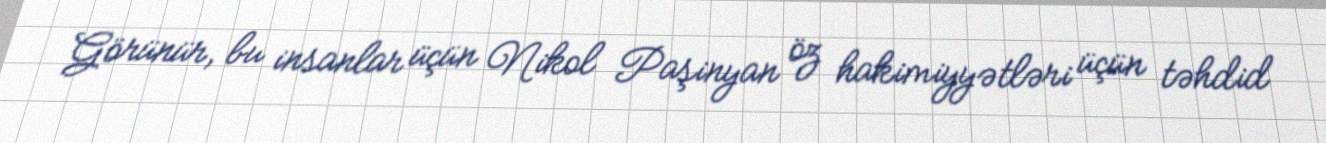
Görünür, bu insanlar üçün Nikol Paşinyan öz hakimiyyətləri üçün təhdid